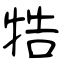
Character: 牿